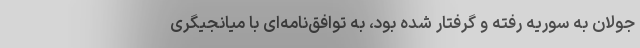
جولان به سوریه رفته و گرفتار شده بود، به توافق‌نامه‌ای با میانجیگری